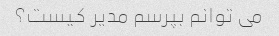
می توانم بپرسم مدیر کیست؟